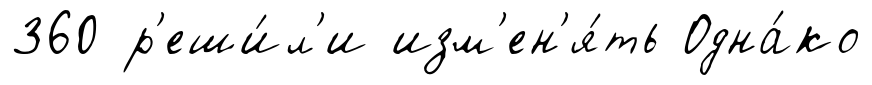
360 р'еши́л'и изм'ен'я́ть Одна́ко